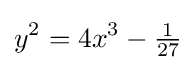
y^{2}=4x^{3}-{\tfrac {1}{27}}